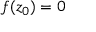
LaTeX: f ( z _ { 0 } ) = 0